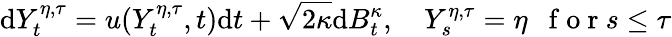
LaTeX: \mathrm{d}Y_{t}^{\eta,\tau}=u(Y_{t}^{\eta,\tau},t)\mathrm{d}t+\sqrt{2\kappa}\mathrm{d}B_{t}^{\kappa},\quad Y_{s}^{\eta,\tau}=\eta\ \ \mathrm{~f~o~r~}s\leq\tau